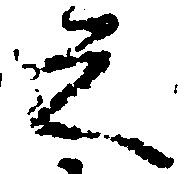
之